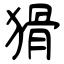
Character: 猾